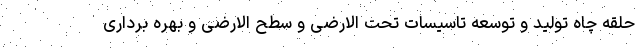
حلقه چاه تولید و توسعه تاسیسات تحت الارضی و سطح الارضی و بهره برداری